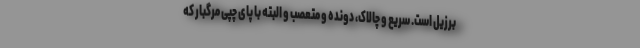
برزیل است. سریع و چالاک، دونده و متعصب و البته با پای چپی مرگبار که